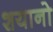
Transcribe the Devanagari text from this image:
शयानो